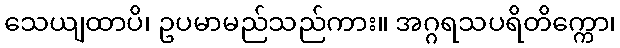
သေယျထာပိ၊ ဥပမာမည်သည်ကား။ အဂ္ဂရသပရိတိက္ကော၊